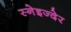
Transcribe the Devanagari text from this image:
स्नेइज्देर